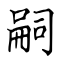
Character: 嗣